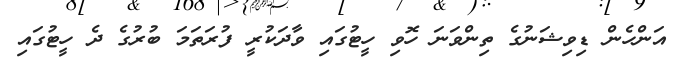
އަންހެން ޑިވިޝަނުގެ ތިންވަނަ ހޮވި ހީޓުގައި ވާދަކުރީ ފުރަތަމަ ބުރުގެ ދެ ހީޓުގައި